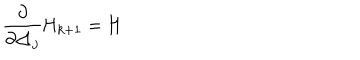
\frac \partial { \partial \triangle _ { j } } \mathrm { H } _ { k + 1 } = \mathrm { H }